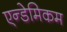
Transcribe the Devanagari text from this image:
एन्डेमिकम